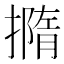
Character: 撱